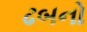
ઢબનો